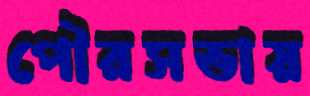
পৌরসভায়